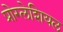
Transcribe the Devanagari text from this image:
प्रोग्लेशियल